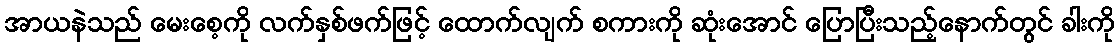
အာယနဲသည် မေးစေ့ကို လက်နှစ်ဖက်ဖြင့် ထောက်လျက် စကားကို ဆုံးအောင် ပြောပြီးသည့်နောက်တွင် ခါးကို